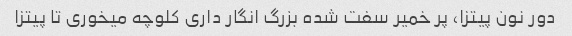
دور نون پیتزا، پر خمیر سفت شده بزرگ انگار داری کلوچه میخوری تا پیتزا